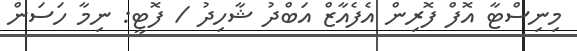
މިނިސްޓާ އޮފް ފޮރިން އެފެއާޒް އަބްދު ޝާހިދު / ފޮޓީ: ނިމާ ހަސަން